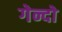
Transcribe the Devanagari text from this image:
गेन्दो